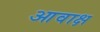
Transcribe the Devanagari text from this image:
आवाक्ष